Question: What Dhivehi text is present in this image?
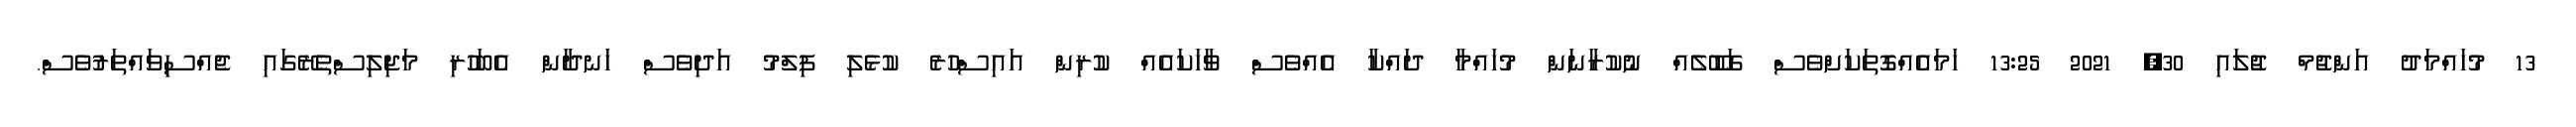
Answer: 13 މުހައްމަދު އަންޖުމް ޖުލައި 30, 2021 13:25 ހަމައެއްގޮތަކަށްވެސް ގަބޫލެއް ނުކުރާނަން މުހައްމާ ދައްކާ އެއްވެސް ވާހަކައެއް ކުރިން އައިސްހުރެ ކުޅެލި ފިލްމު އަދިވެސް ހަނދާން އެބަހުރި މަޖިލިސްތެރޭގައި ޖެއްސިވައްތަރުވެސް.